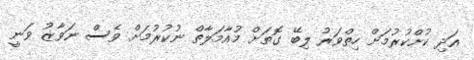
އަދި ކުށްކުރުމަށް ހިތްވަރު ލިބޭ ގޮތަށް މުއާމަލާތް ނުކުރުމަށް ވެސް ނަވާޒު ވަނީ